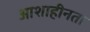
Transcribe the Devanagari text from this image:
आशाहीनता